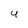
Character: U